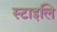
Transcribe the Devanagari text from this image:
स्टाइलि